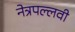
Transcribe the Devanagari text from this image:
नेत्रपल्लवी